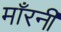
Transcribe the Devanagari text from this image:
माँरनी